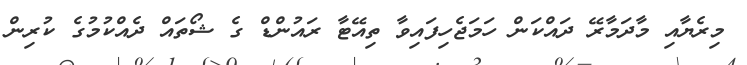
މިރެޔާއި މާދަމާރޭ ދައްކަން ހަމަޖެހިފައިވާ ތިއޭޓާ ރައުންޑް ގެ ޝޯތައް ދެއްކުމުގެ ކުރިން